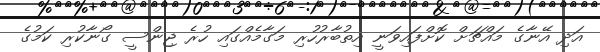
އަދި އޭނާގެ މައްޗަށް ކޮށްފައިވަނީ އިތުބާރުހުރި މަގާމެއްގައި ހުރެ ޖިންސީ ގޯނާކުރި ކަމުގެ